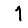
Digit: 1